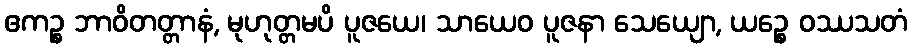
ဧကဉ္စ ဘာဝိတတ္တာနံ, မုဟုတ္တမပိ ပူဇယေ၊ သာယေဝ ပူဇနာ သေယျော, ယဉ္စေ ဝဿသတံ